Lunatic asylums in Bengal annual reports 1912-1924 - 1912-1924
Year: 1912
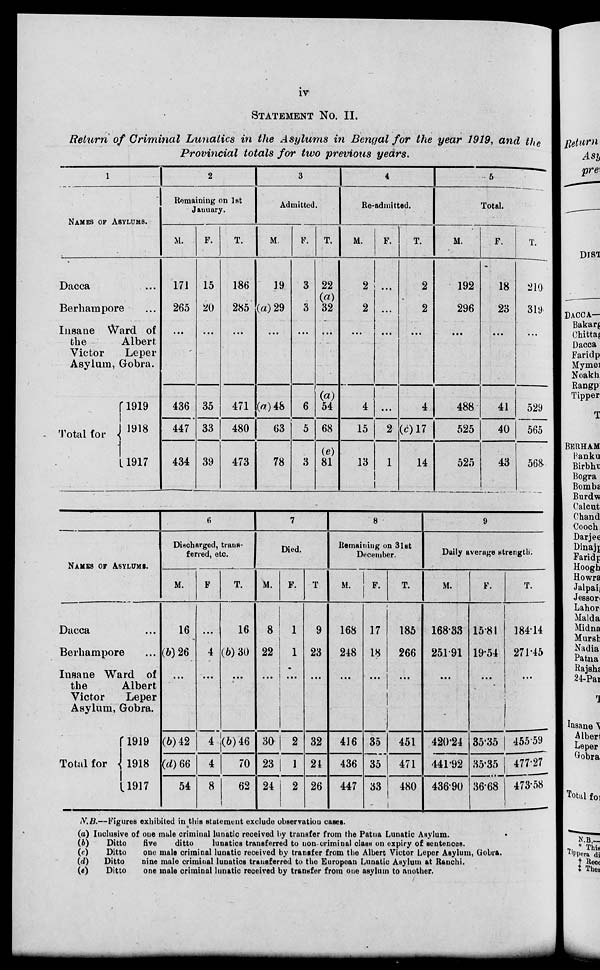
iv
STATEMENT No. II.
Return of Criminal Lunatics in the Asylums in Bengal for the year 1919, and the
Provincial totals for two previous years.
1
NAMES OF ASYLUMS.
Dacca ...
Berhampore ...
Insane Ward of
the
Albert
Victor
Leper
Asylum, Gobra.
Total for
1919
1918
1917
2
Remaining on 1st
January.
M.
171
265
...
436
447
434
F.
15
20
...
35
33
39
T.
186
285
...
471
480
473
3
Admitted.
M.
19
(a) 29
...
(a)48
63
78
F.
3
3
...
6
5
3
T.
22
(a)
32
...
(a)
54
68
(e)
81
4
Re-admitted.
M.
2
2
...
4
15
13
F.
...
...
...
...
2
1
T.
2
2
...
4
(c)17
14
5
Total.
M.
192
296
...
488
525
525
F.
18
23
...
41
40
43
T.
210
319
...
529
565
568
NAMES OF ASYLUMS.
Dacca ...
Berhampore ...
Insane Ward of
the
Albert
Victor
Leper
Asylum, Gobra.
Total for
1919
1918
1917
6
Discharged, trans-
ferred, etc.
M.
16
(b)26
...
(b)42
(d)66
54
F.
...
4
...
4
4
8
T.
16
(b) 30
...
(b)46
70
62
7
Died.
M.
8
22
...
30
23
24
F.
1
1
...
2
1
2
T.
9
23
...
32
24
26
8
Remaining on 31st
December.
M.
168
248
...
416
436
447
F.
17
18
...
35
35
33
T.
185
266
...
451
471
480
9
Daily average strength.
M.
168.33
251.91
...
420.24
441.92
436.90
F.
15.81
19.54
...
35.35
35.35
36.68
T.
184.14
274.45
...
455.59
477.27
473.58
N.B.—Figures exhibited in this statement exclude observation cases.
(a)
(b)
(c)
(d)
(e)
Inclusive of one male criminal lunatic received by transfer from the Patna Lunatic Asylum.
Ditto
five
ditto
lunatics transferred to non-criminal class on expiry of sentences.
Ditto
one male criminal lunatic received by transfer from the Albert Victor Leper Asylum, Gobra.
Ditto
nine male criminal lunatics transferred to the European Lunatic Asylum at Ranchi.
Ditto
one male criminal lunatic received by transfer from one asylum to another.